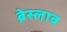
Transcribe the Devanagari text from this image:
ब्रेस्लाव